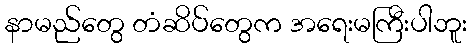
နာမည်တွေ တံဆိပ်တွေက အရေးမကြီးပါဘူး